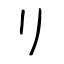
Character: リ